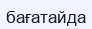
бағатайда